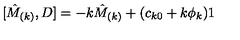
\lbrack \hat { M } _ { ( k ) } , D ] = - k \hat { M } _ { ( k ) } + ( c _ { k 0 } + k \phi _ { k } ) 1